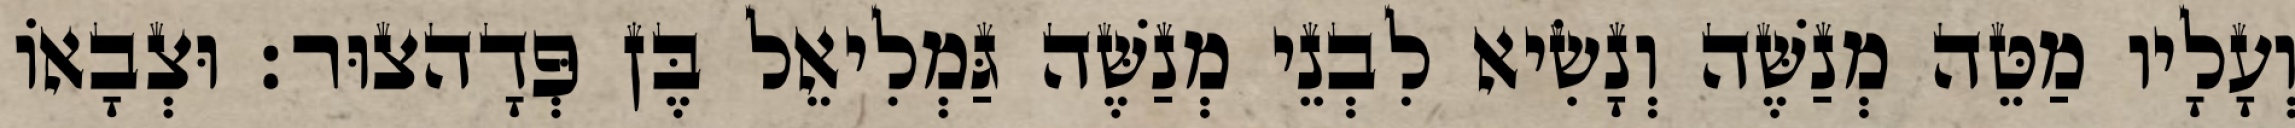
וְעָלָיו מַטֵּה מְנַשֶּׁה וְנָשִׂיא לִבְנֵי מְנַשֶּׁה גַּמְלִיאֵל בֶּן פְּדָהצוּר׃ וּצְבָאוֹ